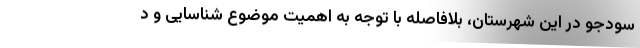
سودجو در این شهرستان، بلافاصله با توجه به اهمیت موضوع شناسایی و د